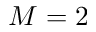
M = 2